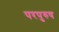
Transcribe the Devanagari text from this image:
परपुरुष